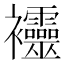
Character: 𧟙